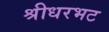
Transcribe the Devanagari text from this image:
श्रीधरभट